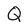
Character: Q